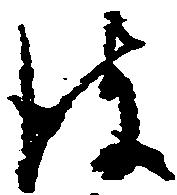
彼